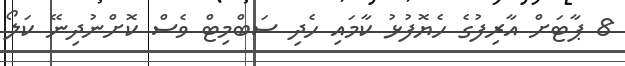
8 ޕާޓަށް އާރިފުގެ ހެޔޮފުޅު ކާމައި ހެދި ސަބްމިޓް ވެސް ކޮށްނުދިނޭ ކަލޯ